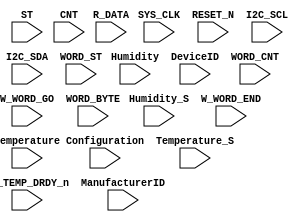
module TP	 (
   input 		SYS_CLK ,
   input [7:0]	ST ,
   input [7:0]	CNT ,
   input 		RESET_N ,
   input [15:0]R_DATA,
	input 		RH_TEMP_DRDY_n,
   input [15:0]Configuration , 
	input [15:0]Temperature, 	
	input [15:0]Humidity,    	
   input [13:0]Temperature_S ,
	input [13:0]Humidity_S ,      	
	input [15:0]DeviceID,
	input [15:0]ManufacturerID,
   input       W_WORD_END,
   input       W_WORD_GO ,
   input       I2C_SCL,  
   input       I2C_SDA,  
   input [7:0] WORD_ST,
   input [7:0] WORD_CNT,
   input [7:0] WORD_BYTE
);
endmodule